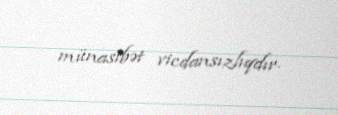
münasibət vicdansızlıqdır.